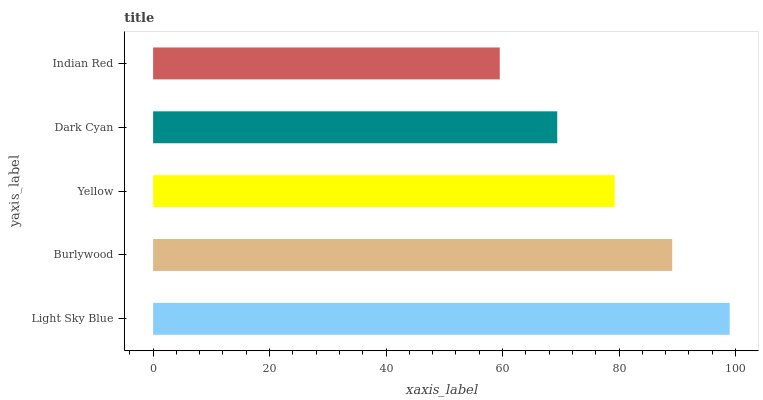
| yaxis_label | bars |
 | --- | --- |
 | Light Sky Blue | 99 |
 | Burlywood | 89.1 |
 | Yellow | 79.3 |
 | Dark Cyan | 69.4 |
 | Indian Red | 59.5 |